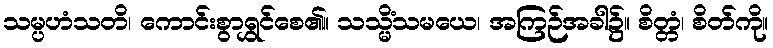
သမ္ပဟံသတိ၊ ကောင်းစွာရွှင်စေ၏။ သသ္မိံသမယေ၊ အကြဉ်အခါ၌။ စိတ္တံ၊ စိတ်ကို။